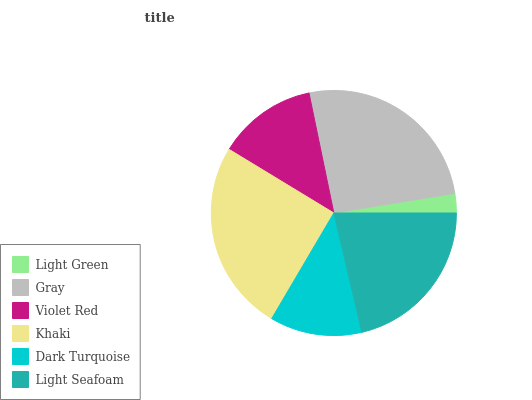
| Light Green | Gray | Violet Red | Khaki | Dark Turquoise | Light Seafoam |
 | --- | --- | --- | --- | --- | --- |
 | 2.57% | 25.7% | 13.1% | 25.2% | 12.1% | 21.4% |